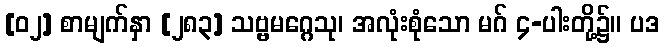
[၀၂] စာမျက်နှာ [၂၈၃] သဗ္ဗမဂ္ဂေသု၊ အလုံးစုံသော မဂ် ၄-ပါးတို့၌။ ပဒ